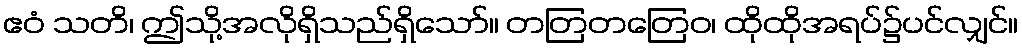
ဧဝံ သတိ၊ ဤသို့အလိုရှိသည်ရှိသော်။ တတြတတြေဝ၊ ထိုထိုအရပ်၌ပင်လျှင်။